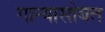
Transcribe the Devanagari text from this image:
गान्यासोबत